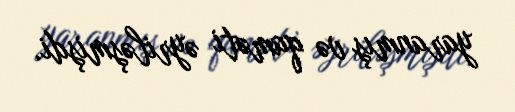
yaranmış və qaməti əyriləşmişdi.